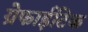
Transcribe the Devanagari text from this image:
ग्रेफाईटिक